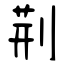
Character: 荊